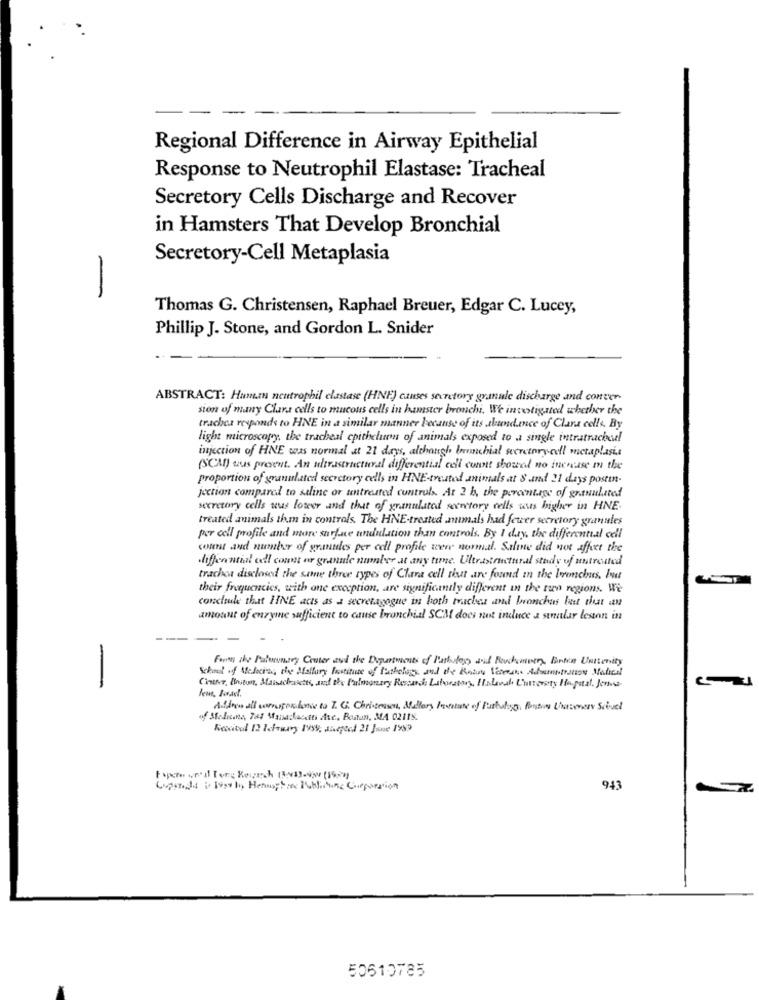
Regional Difference in Airway Epithelial
Response to Neutrophil Elastase: Tracheal
Secretory Cells Discharge and Recover
in Hamsters That Develop Bronchial
Secretory-Cell Metaplasia
-
Thomas G. Christensen, Raphael Breuer, Edgar C. Lucey,
Phillip J. Stone, and Gordon L. Snider
ABSTRACT: Humm neutrophil elastase (HNF) causes secretory granule discharge and concer-
sion of many Clara cells to mucous cells in hamster bronchi. We investigated whether the
trachea responds to HNE in a similar manner because of its aleund.ence of Clara cells. By
light microscopy, the tracheal cpitheluen of animals exposed to a single intratrachael
injection of HNE was normal at 21 days, although bronchial secretaryall metaplasia
(SCM) wus present. An ultrastructural differential cell connt showed no increase mn the
proportion of granulated secretory cells in HNE-treated animals at S and 21 days postin-
jection compared to saline or untreated controls. At 2 h, the percentage of granulated
secretory cells was lower and that of granulated secretory cells was higher in HNE
treated animals them in control. The HNE-treated numals had fewer secretory granules
par all profile and more surface undulation than controls. By I day, the differential cell
count and number of granules per cell profile were normal. Saline did not affect the
differential all comes or granule number at any time. Ultrastructural study of nutrested
trachea disclosed the same three types of Clara cell sist are found in the bronchus. I
their frequencies, with one exception, are significantly different in the teen regions. We
conclude that HNE acts as a secretagogne in both trachea and bronchus bust that can
amount of enzyme sufficient to cause bronchial SCM does not induce a stnular leston in
Formy the Palmuning Couter and the Diqurtweets of Pustules and Rouchanger, Fanta Unitenity
School of Scheins de Mallory festause of lifelong and de Rain Semana Alumnosnos Mahed
-
Cinere, finiture, Massachusetts, and she Pulmonary Ressants Laboratory, Habevah Chevosty Hapazt. Jeres
lens, Ponad.
Affron all unsterhave to T. G. Chrisenson, Mallory, Perstate of Fastslog fontos Chesmery Scivel
of Stolicins, 787 Manailacciti Ate, Boston, MA 02118.
Recital 12 lorry 199, shefeel 21 June 1983
Copoinds is loss hy Hermaphro Publishing Corporation
943
50610785